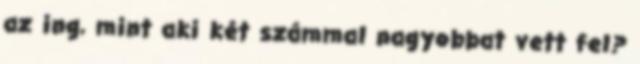
az ing, mint aki két számmal nagyobbat vett fel?